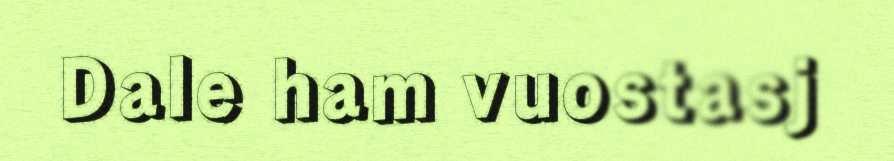
Dale ham vuostasj